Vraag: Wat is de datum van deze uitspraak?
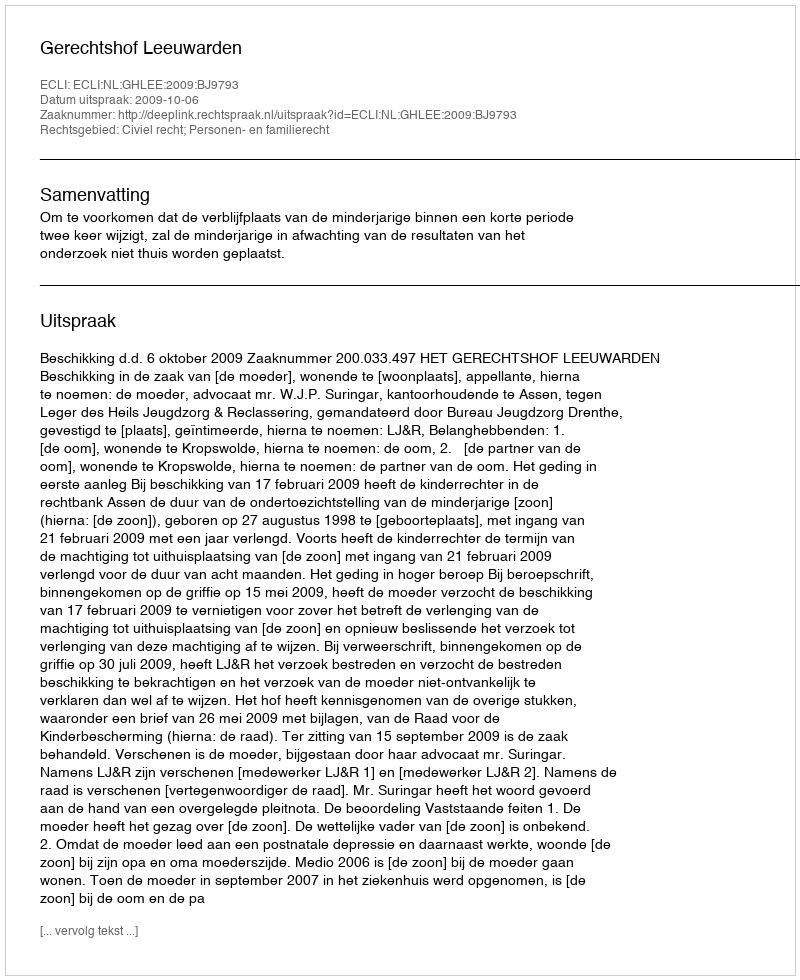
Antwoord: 2009-10-06